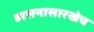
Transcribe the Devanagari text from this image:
व्यसनासारखेच